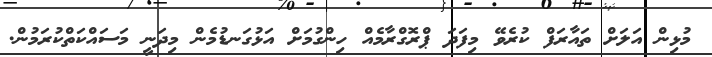
މުޅިން އަލަށް ތައާރަފް ކުރެވޭ މިފަދަ ޕްރޮގްރާމެއް ހިންގުމަށް އަޅުގަނޑުމެން މިދަނީ މަސައްކަތްކުރަމުން.